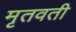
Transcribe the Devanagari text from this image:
मृतवती